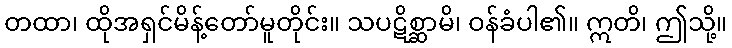
တထာ၊ ထိုအရှင်မိန့်တော်မူတိုင်း။ သပဋိစ္ဆာမိ၊ ဝန်ခံပါ၏။ ဣတိ၊ ဤသို့။